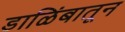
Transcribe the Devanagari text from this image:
डाळिंबातून